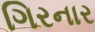
ગિરનાર